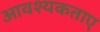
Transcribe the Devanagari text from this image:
आवश्यकताए